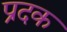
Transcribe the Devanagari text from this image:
प्रदक